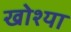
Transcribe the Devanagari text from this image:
खोश्या